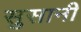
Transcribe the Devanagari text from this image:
सुसानी